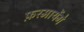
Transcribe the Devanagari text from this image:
फ़रमायेंगे